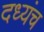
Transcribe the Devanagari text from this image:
दध्यंच